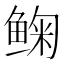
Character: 𱇽